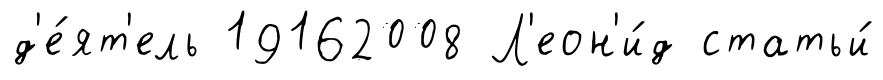
д'е́ят'ель 19162008 Л'еон'и́д статьи́